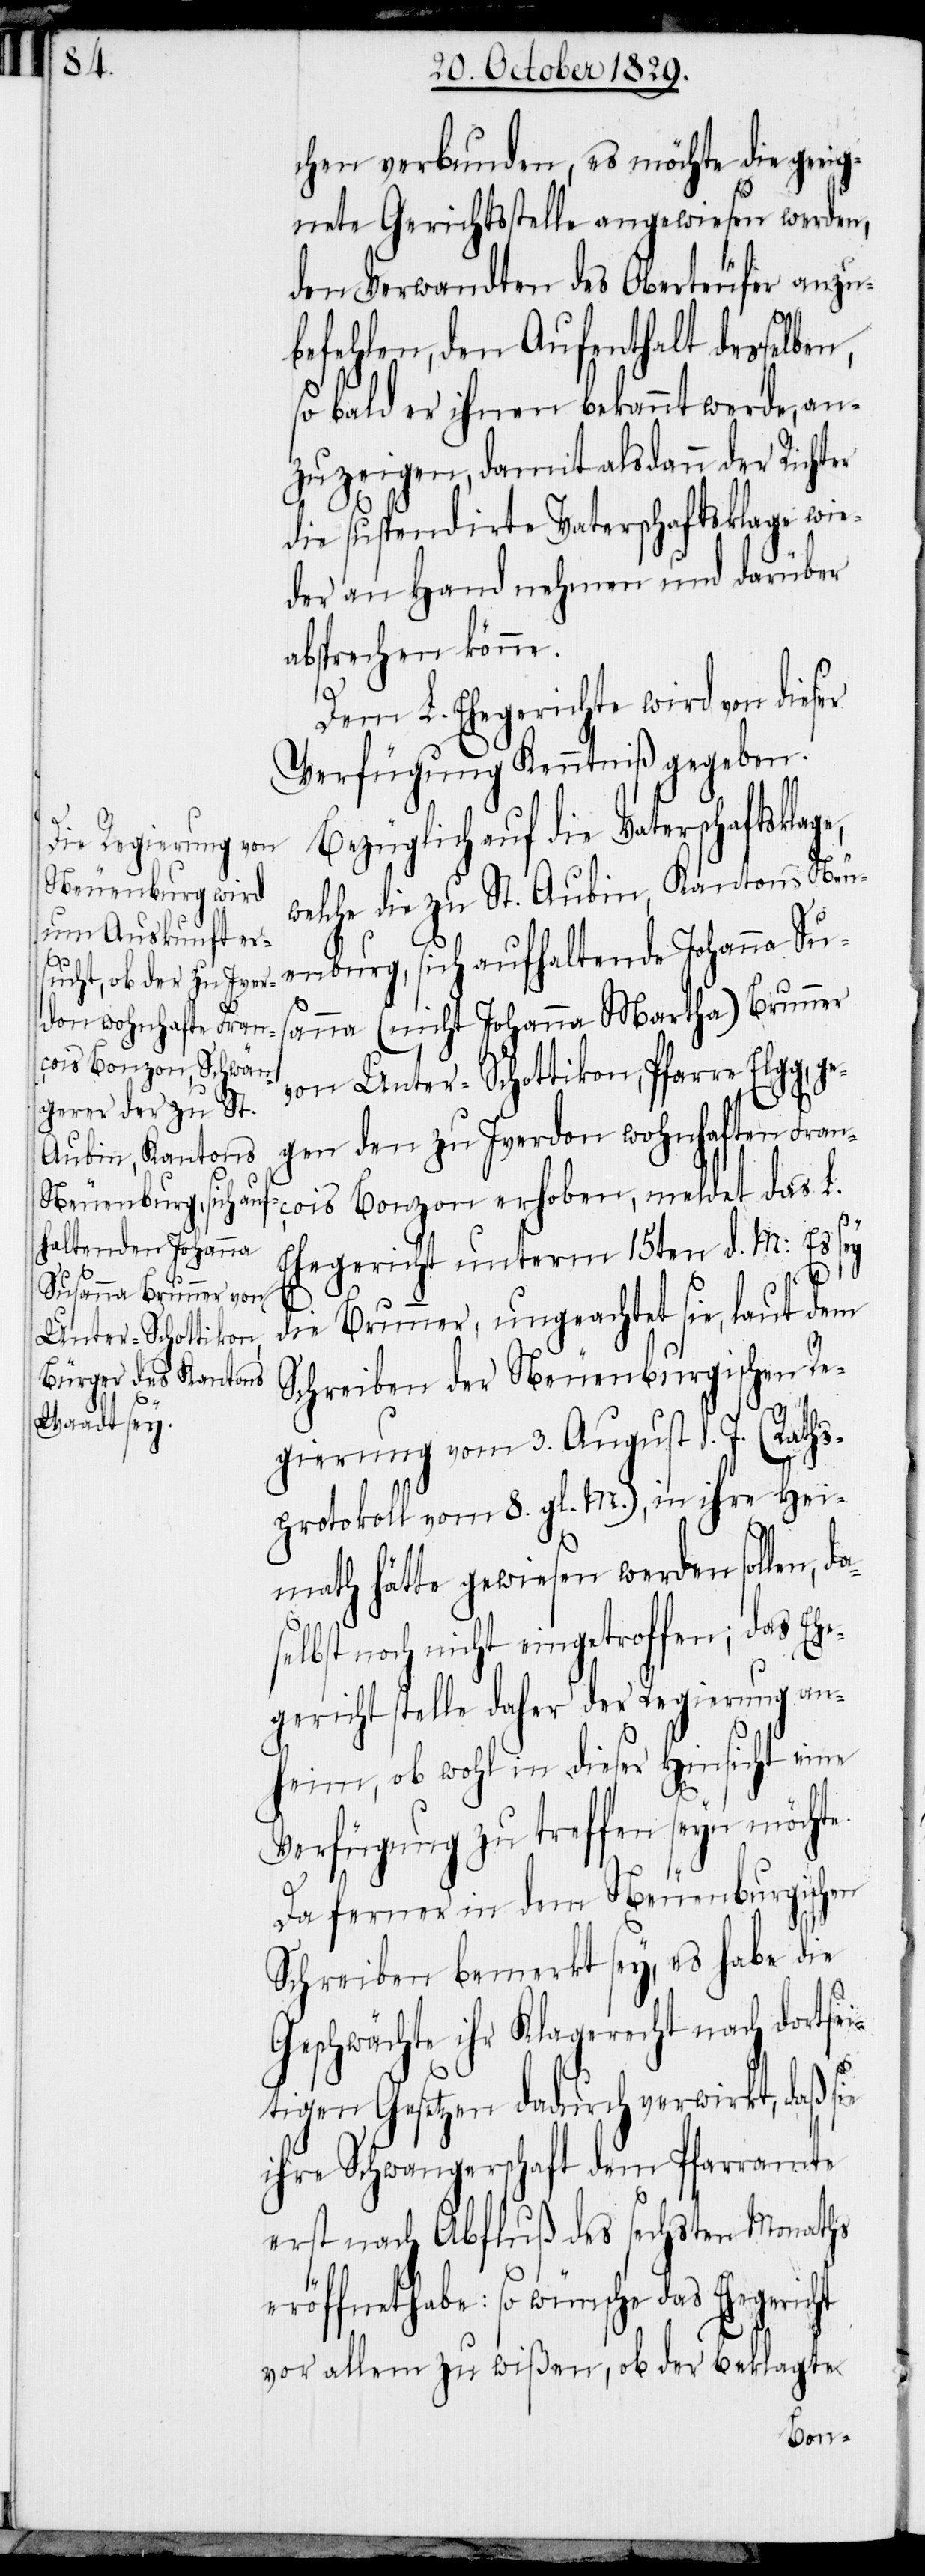
chen verbunden, es möchte die gee¬
ignete Gerichtsstelle angewiesen werden,
den Verwandten des Oberteufer anzu¬
befehlen, den Aufenthalt desselben,
so bald er ihnen bekannt werde, an¬
zuzeigen, damit alsdann der Richter
die suspendirte Vaterschaftsklage wie¬
der an Hand nehmen und darüber
absprechen könne.
Dem L. Ehegerichte wird von dieser
Verfügung Kenntniß gegeben.
Bezüglich auf die Vaterschaftskla¬
welche die zu St. Aubin, Kantons Neu¬
enburg, sich aufhaltende Johanna Sus¬
anna (nicht Johanna Martha) Brunner
von Unter-Schottikon, Pfarre Elgg, g¬
egen den zu Iverdon wohnhaften Fran¬
çois Bonzon erhoben, meldet das L.
Ehegericht unterm 15ten d. M: Es sey
ge,
die Brunner, ungeachtet sie, laut dem
Schreiben der Neuenburgischen Re¬
gierung vom 3. August d. J. (Raths¬
protokoll vom 8. gl. M.), in ihre Hei¬
math hätte gewiesen werden sollen, da¬
selbst noch nicht eingetroffen; das Ehe¬
gericht stelle daher der Regierung an¬
heim, ob wohl in dieser Hinsicht eine
Verfügung zu treffen seyn möchte.
Da ferner in dem Neuenburgischen
Schreiben bemerkt sey, es habe die
Geschwächte ihr Klagerecht nach dortsei¬
tigen Gesetzen dadurch verwirkt, daß sie
ihre Schwangerschaft dem Pfarramte
erst nach Abfluß des sechsten Monaths
eröffnet habe: so wünsche das Ehegericht
vor allem zu wißen, ob der beklagte